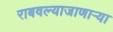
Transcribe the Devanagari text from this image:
राबवल्याजाणार्‍या